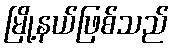
မြို့နယ်ဖြစ်သည်